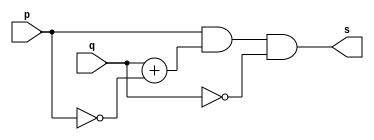
// Exemplo0008 - XNOR - Morgan
// Nome: talo Guimares Otoni

module xnorgate (output s, input p, input q);

	assign s = p & q + ~p & ~q;

endmodule

module testexnorgate;

	reg a,b;
	wire s;
	
	xnorgate XNOR1(s, a, b);
	
	initial begin:start
	
	a=0;
	b=0;
	
	end
	
	initial begin:main
	
	$display("Exemplo0008 - talo Guimares Otoni - 451581");
	$monitor ("%b %b = %b", a, b, s);
	
	#1 a=0; b=1;
	#1 a=1; b=0;
	#1 a=1; b=1;
	end

endmodule